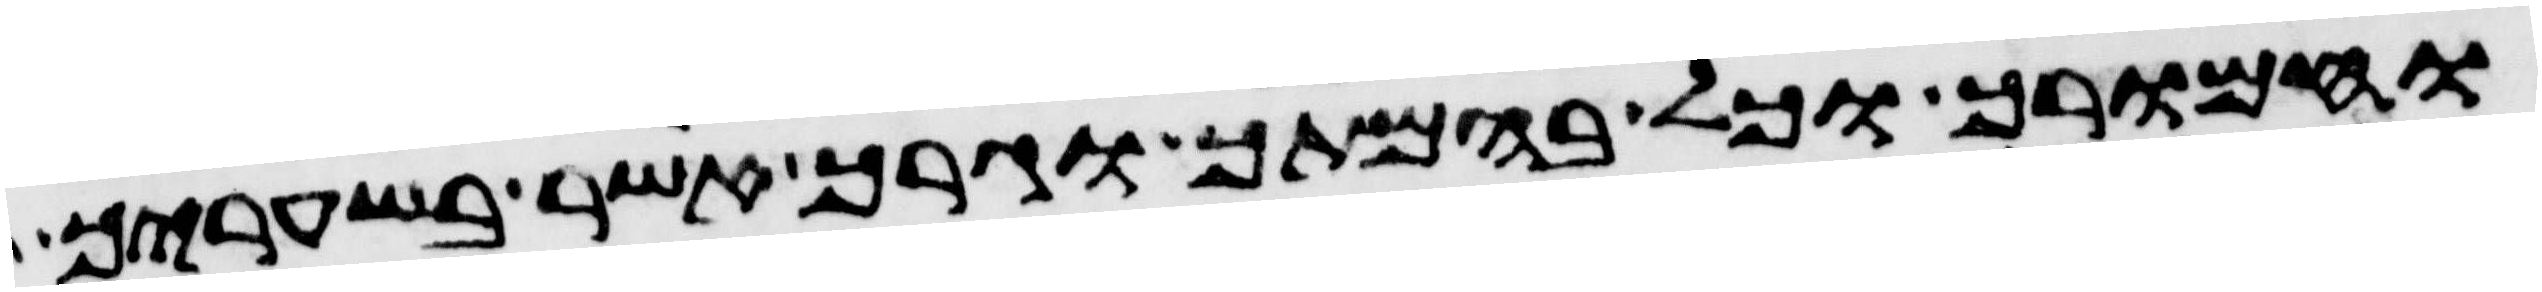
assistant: וחמורך וכל בהמתך וגרך אשר בשעריך